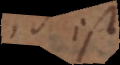
id est